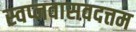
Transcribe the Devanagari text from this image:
स्वप्नवासवदत्तम